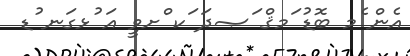
އެން ެމ ބޮޑު ަމޤް ަޞދަ ަކ ްށވީ އަ ުޅގަނ ުޑ